Regulations for the medical services of the Army of India
Year: 1930
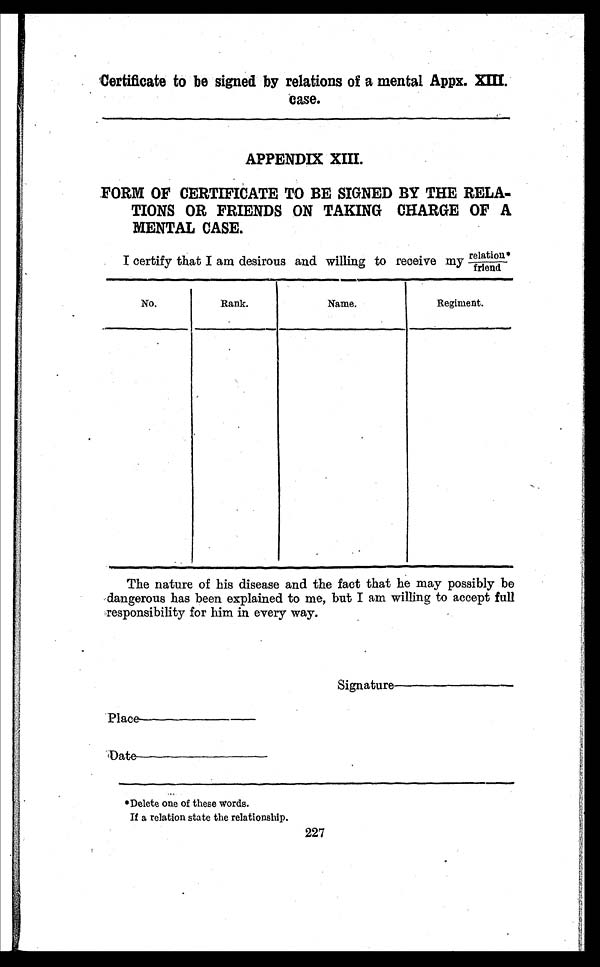
Appx. XIII.
Certificate to be signed by relations of a mental
case.
APPENDIX XIII.
FORM OF CERTIFICATE TO BE SIGNED BY THE RELA
- T I O N S O R F R I E N D S O N T A K I N G C H A R G E O F A
MENTAL CASE.
I certify that I am desirous and willing to receive my relation*/friend
No.
Rank.
Name.
Regiment.
The nature of his disease and the fact that he may possibly be
dangerous has been explained to me, but I am willing to accept full
responsibility for him in every way.
Signature
_ _ _ _ _ _ _ _ _ _ _ _ _
Place ____________________
Date____________________
*Delete one of these words.
If a relation state the relationship.
227